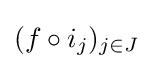
(f\circ i_{j})_{j\in J}